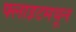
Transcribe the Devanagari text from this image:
फ्लाइटमधून